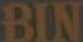
BIN